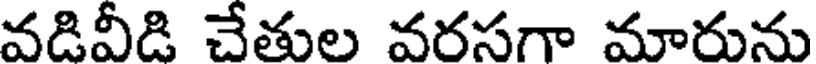
వడివీడి చేతుల వరసగా మారును